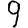
Digit: 9